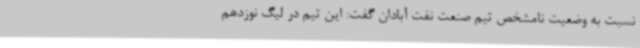
نسبت به وضعیت نامشخص تیم صنعت نفت آبادان گفت: این تیم در لیگ نوزدهم